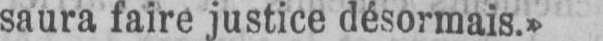
saura faire justice désormais.»